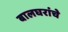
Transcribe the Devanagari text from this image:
बालघरांचे